Leaving Certificate, 1896
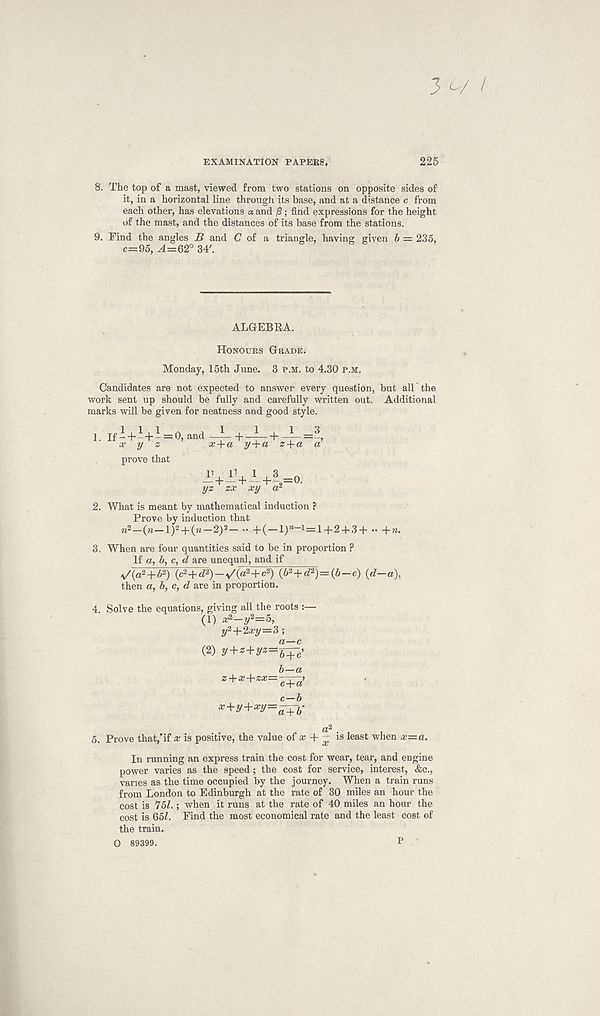
3 V /
EXAMINATION PAPERS,
225
8. The top of a mast, viewed from two stations on opposite sides of
it, in a horizontal line through its base, and at a distance c from
each other, has elevations a. and |3; find expressions for the height
of the mast, and the distances of its base from the stations.
9. Find the angles B and C of a triangle, having given b = 235,
c=95, A=62° 34'.
ALGEBRA.
Honours Grade.
Monday, 15th June. 3 p.m. to 4.30 p.m.
Candidates are not expected to answer every question, but all the
work sent up should be fully and carefully written out. Additional
marks will be given for neatness and good style.
1. If-+-+- — 0, and—4—
x y z
a?+a y+a z + a
prove that
T + A’+i+i=o.
yz zx xy a?
2. What is meant by mathematical induction ?
Prove by induction that
n 2 —(n—l) 2 + (n—2) 2 — •• +(-l)”-i=l + 2 + 3+ +n.
3. When are four quantities said to be in proportion ?
If a, b, c, d are unequal, and if
A /(a 2 +5 2 ) (c 2 +<P)-V(a 2 +c 2 ) (& 2 +d 2 )= (6—c) (d—a),
then a, b, c, d are in proportion.
4. Solve the equations, giving all the roots :—
(1) x 2 -y 2 =5,
y 2 + 2xy—3 ;
(2) y+z+yz=b+- c >
b—a
z+x+zx=—,
c—b
x+y+xy=~h-
a 2
5. Prove that,'if x is positive, the value of # + — is least when x—a.
In running an express train the cost for wear, tear, and engine
power varies as the speed; the cost for service, interest, &c.,
vanes as the time occupied by the journey. When a train runs
from London to Edinburgh at the rate of 30 miles an hour the
cost is 75Z.; when it runs at the rate of 40 miles an hour the
cost is 65/. Find the most economical rate and the least cost of
the train.
O 89399.
p